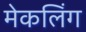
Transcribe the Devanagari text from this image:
मेकलिंग